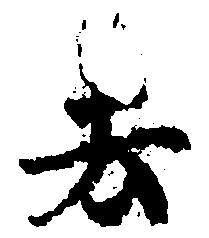
去